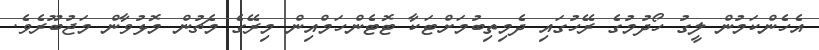
އެހެންކަމުން ލީގު ހޯދުމުގެ ރޭހުގައި ދެމިތިބުމަށްޓަކާ ޓޮޓެންހަމްއިން މިރޭގެ މެޗުން މޮޅުވާން މަޖުބޫރެވެ.